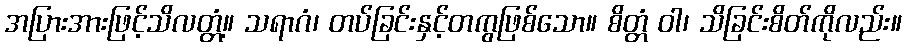
အပြားအားဖြင့်သိလတ္တံ့။ သရာဂံ၊ တပ်ခြင်းနှင့်တကွဖြစ်သော။ စိတ္တံ ဝါ၊ သိခြင်းစိတ်ကိုလည်း။